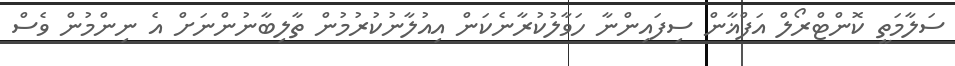
ސަލާމަތީ ކޮންޓްރޯލް އަފްޣާން ސިފައިންނާ ހަވާލުކުރާނެކަން އިއުލާނުކުރުމުން ތާލިބާނުންނަށް އެ ނިންމުން ވެސް